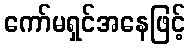
ကော်မရှင်အနေဖြင့်